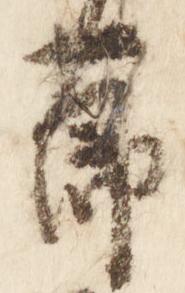
節